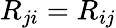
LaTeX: R_{ji}=R_{ij}